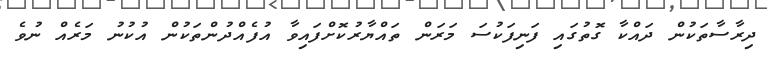
ދިރާސާތަކުން ދައްކާ ގޮތުގައި ފަނިފަކުސަ މަރަން ތައްޔާރުކޮށްފައިވާ އުފެއްދުންތަކުން އުކުނު މަރެއް ނުވެ